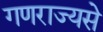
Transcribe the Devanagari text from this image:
गणराज्यसे